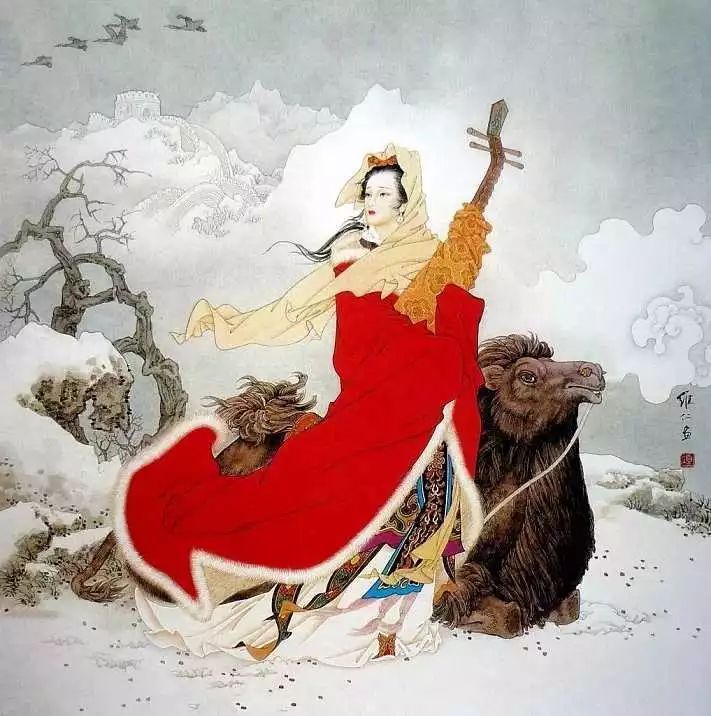
燕支长寒雪作花，蛾眉憔悴没胡沙。